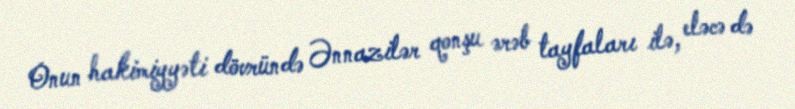
Onun hakimiyyəti dövründə Ənnazilər qonşu ərəb tayfaları ilə, eləcə də